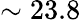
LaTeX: \sim 23.8